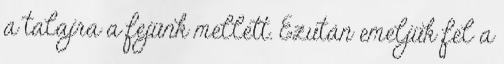
a talajra a fejünk mellett. Ezután emeljük fel a